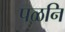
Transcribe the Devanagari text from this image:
पळनि